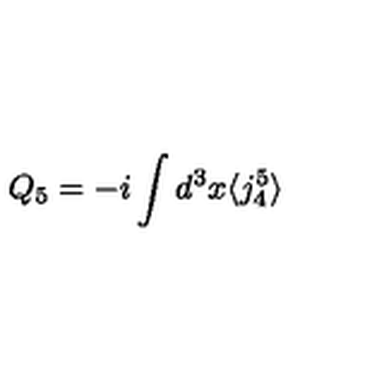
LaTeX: Q _ { 5 } = - i \int d ^ { 3 } x \langle j _ { 4 } ^ { 5 } \rangle